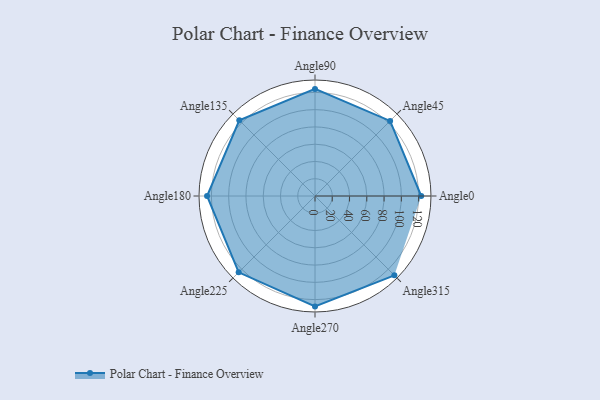
{"axis": {"x": "Angle", "y": "Radius"}, "legend": [""], "data": [{"x": "Angle0", "y": 123.0, "type": ""}, {"x": "Angle45", "y": 123.0, "type": ""}, {"x": "Angle90", "y": 124.0, "type": ""}, {"x": "Angle135", "y": 124.0, "type": ""}, {"x": "Angle180", "y": 125.0, "type": ""}, {"x": "Angle225", "y": 125.0, "type": ""}, {"x": "Angle270", "y": 128.0, "type": ""}, {"x": "Angle315", "y": 130.0, "type": ""}]}